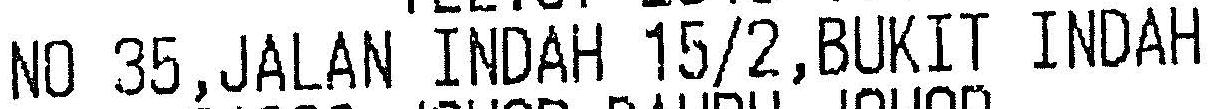
NO 35,JALAN INDAH 15/2,BUKIT INDAH